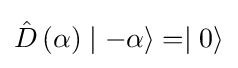
{\hat {D}}\left(\alpha \right)\mid -\alpha \rangle =\mid 0\rangle